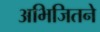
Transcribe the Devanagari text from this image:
अभिजितने